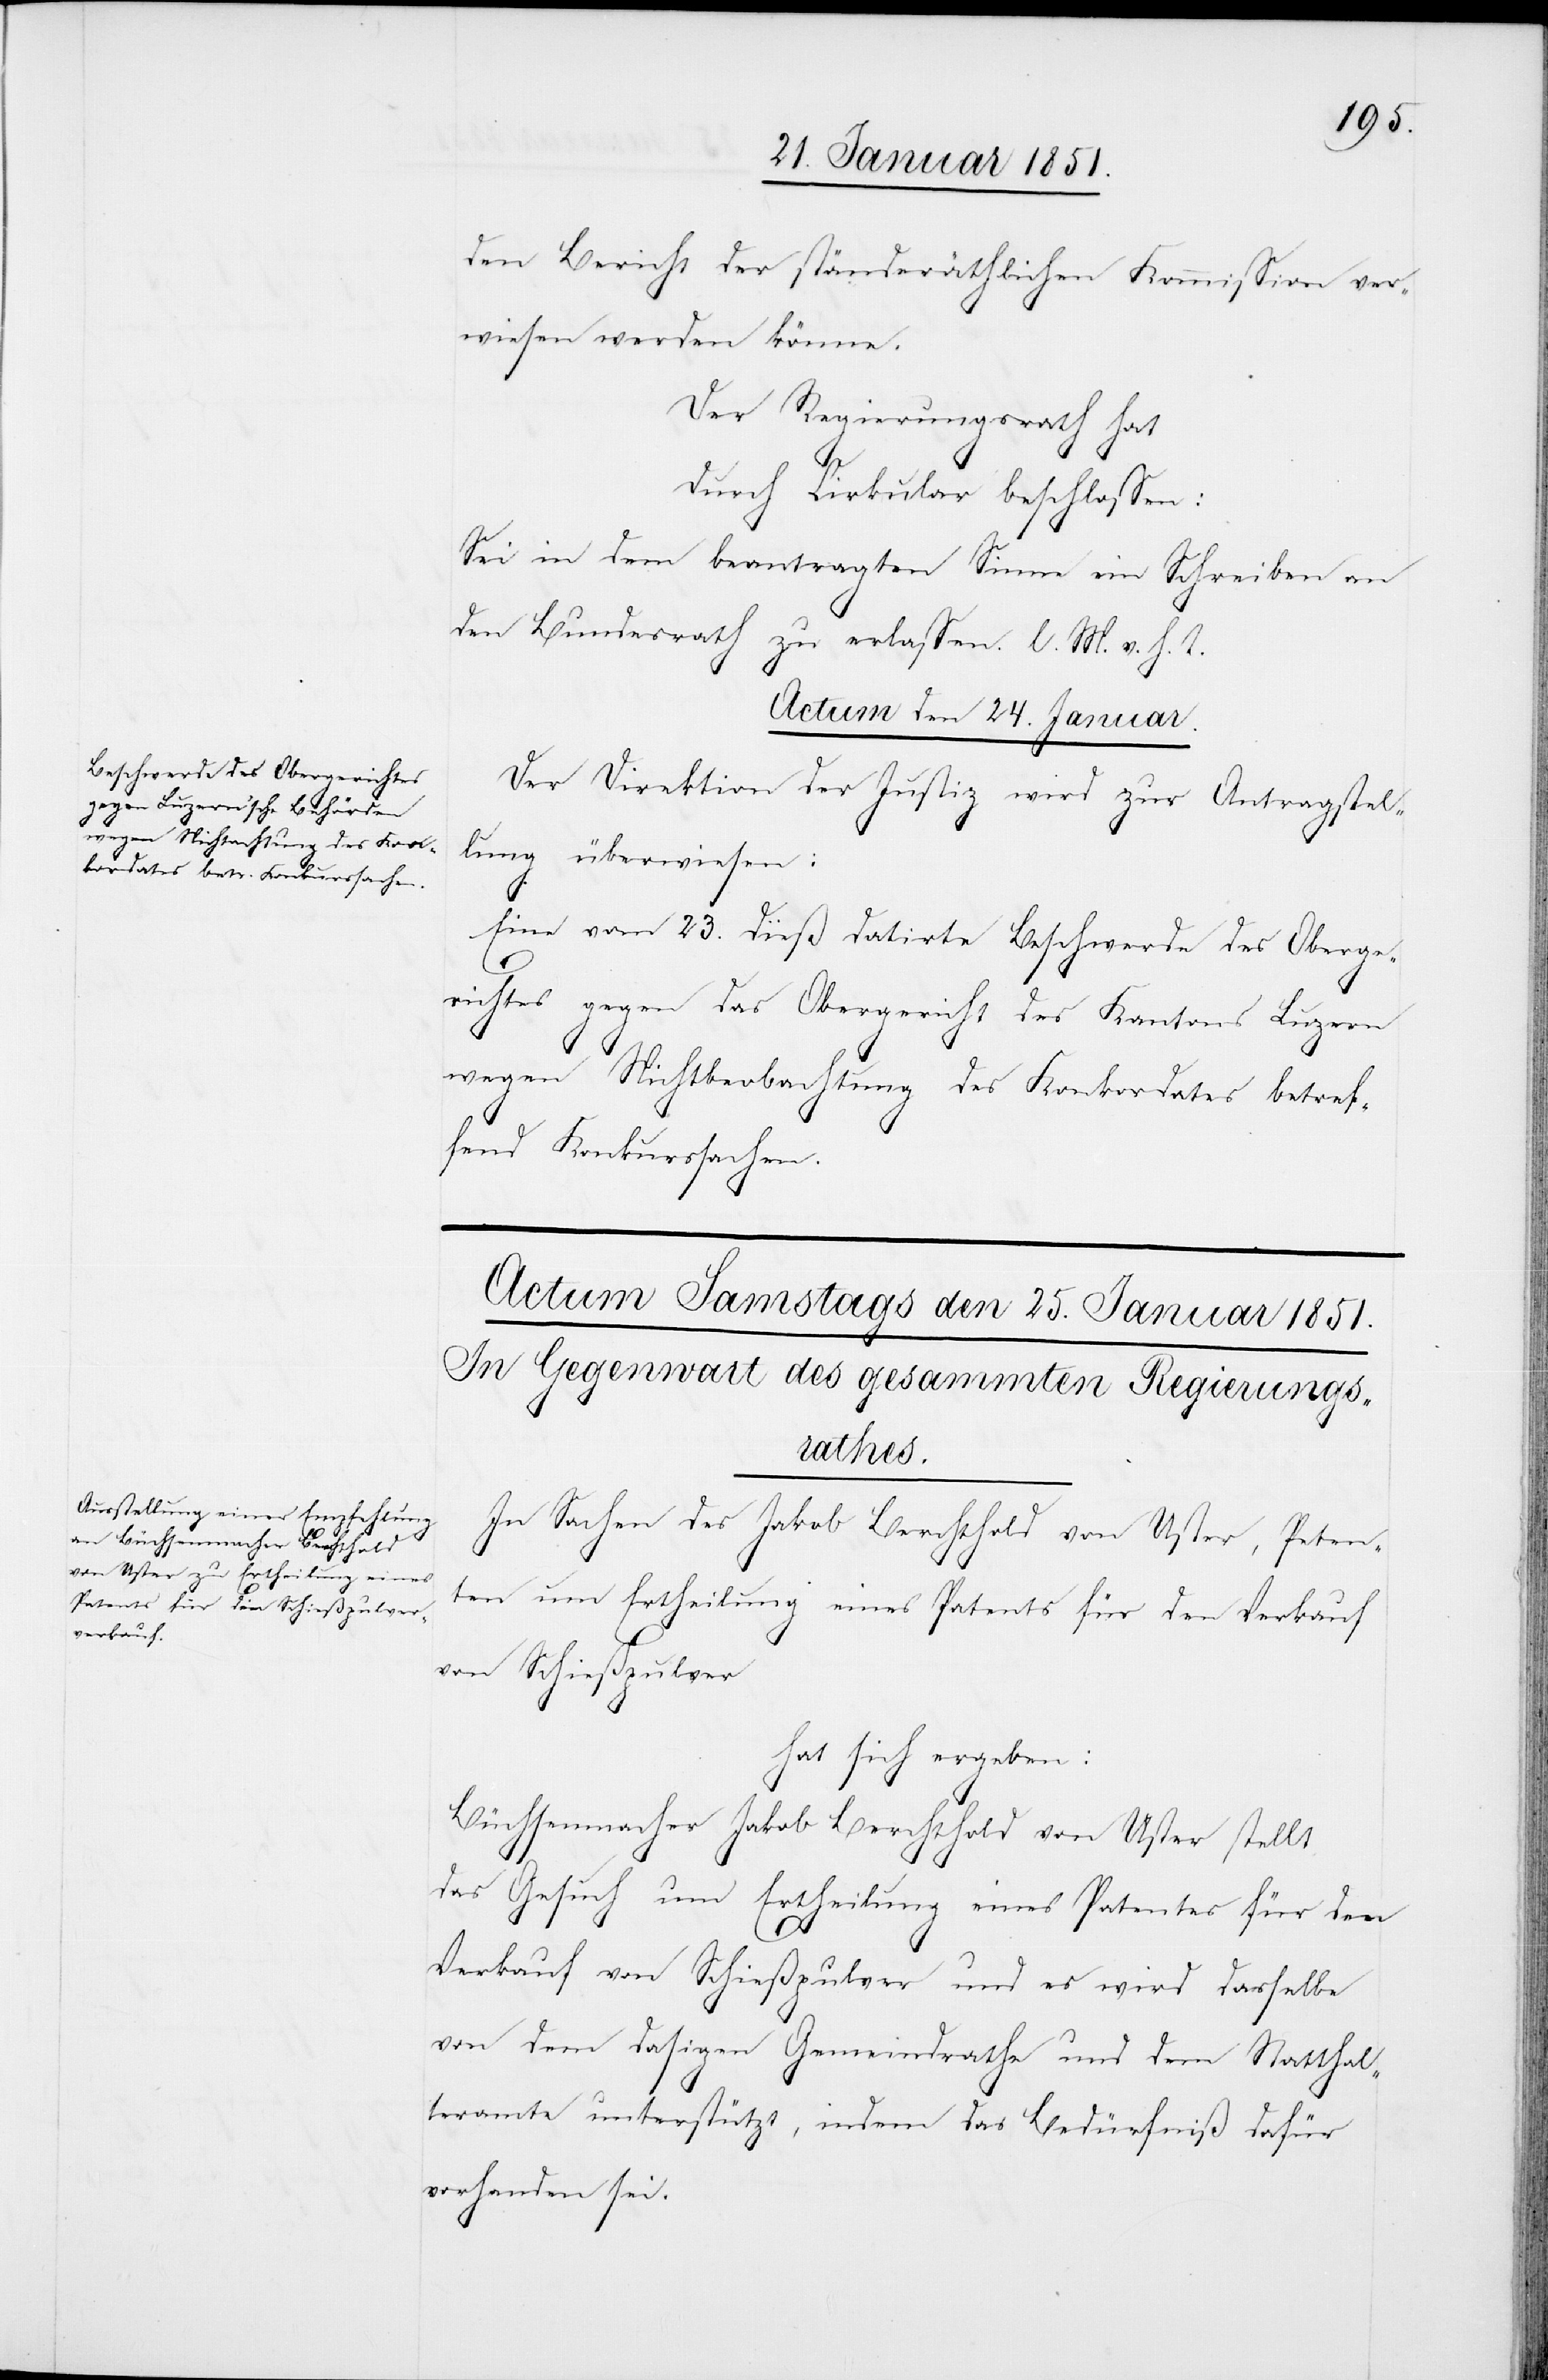
den Bericht der ständeräthlichen Kommission ver¬
wiesen werden könne.
Der Regierungsrath hat
durch Cirkular beschlossen:
Sei in dem beantragten Sinne ein Schreiben an
den Bundesrath zu erlassen. l. M. v. h. T.
Actum den 24. Januar.
Der Direktion der Justiz wird zur Antragstel¬
lung überwiesen:
Eine vom 23. dieß datirte Beschwerde des Oberge¬
richtes gegen das Obergericht des Kantons Luzern
wegen Nichtbeobachtung des Konkordates betref¬
fend Konkurssachen.
In Sachen des Jakob Berchthold von Uster, Peten¬
ten um Ertheilung eines Patents für den Verkauf
von Schießpulver
hat sich ergeben:
Büchsenmacher Jakob Berchthold von Uster stellt
das Gesuch um Ertheilung eines Patentes für den
Verkauf von Schießpulver und es wird dasselbe
von dem dasigen Gemeindrathe und dem Statthal¬
teramte unterstützt, indem das Bedürfniß dafür
vorhanden sei.